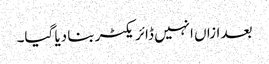
بعد ازاں انہیں ڈائر یکٹر بنا دیا گیا۔